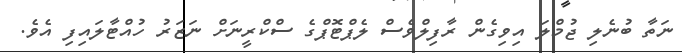
ނަތާ ބުނެލި ޖުމްލަ އިވިގެން ރާފިލްވެސް ލެޕްޓޮޕްގެ ސްކްރީނަށް ނަޒަރު ހުއްޓާލައިފި އެވެ.